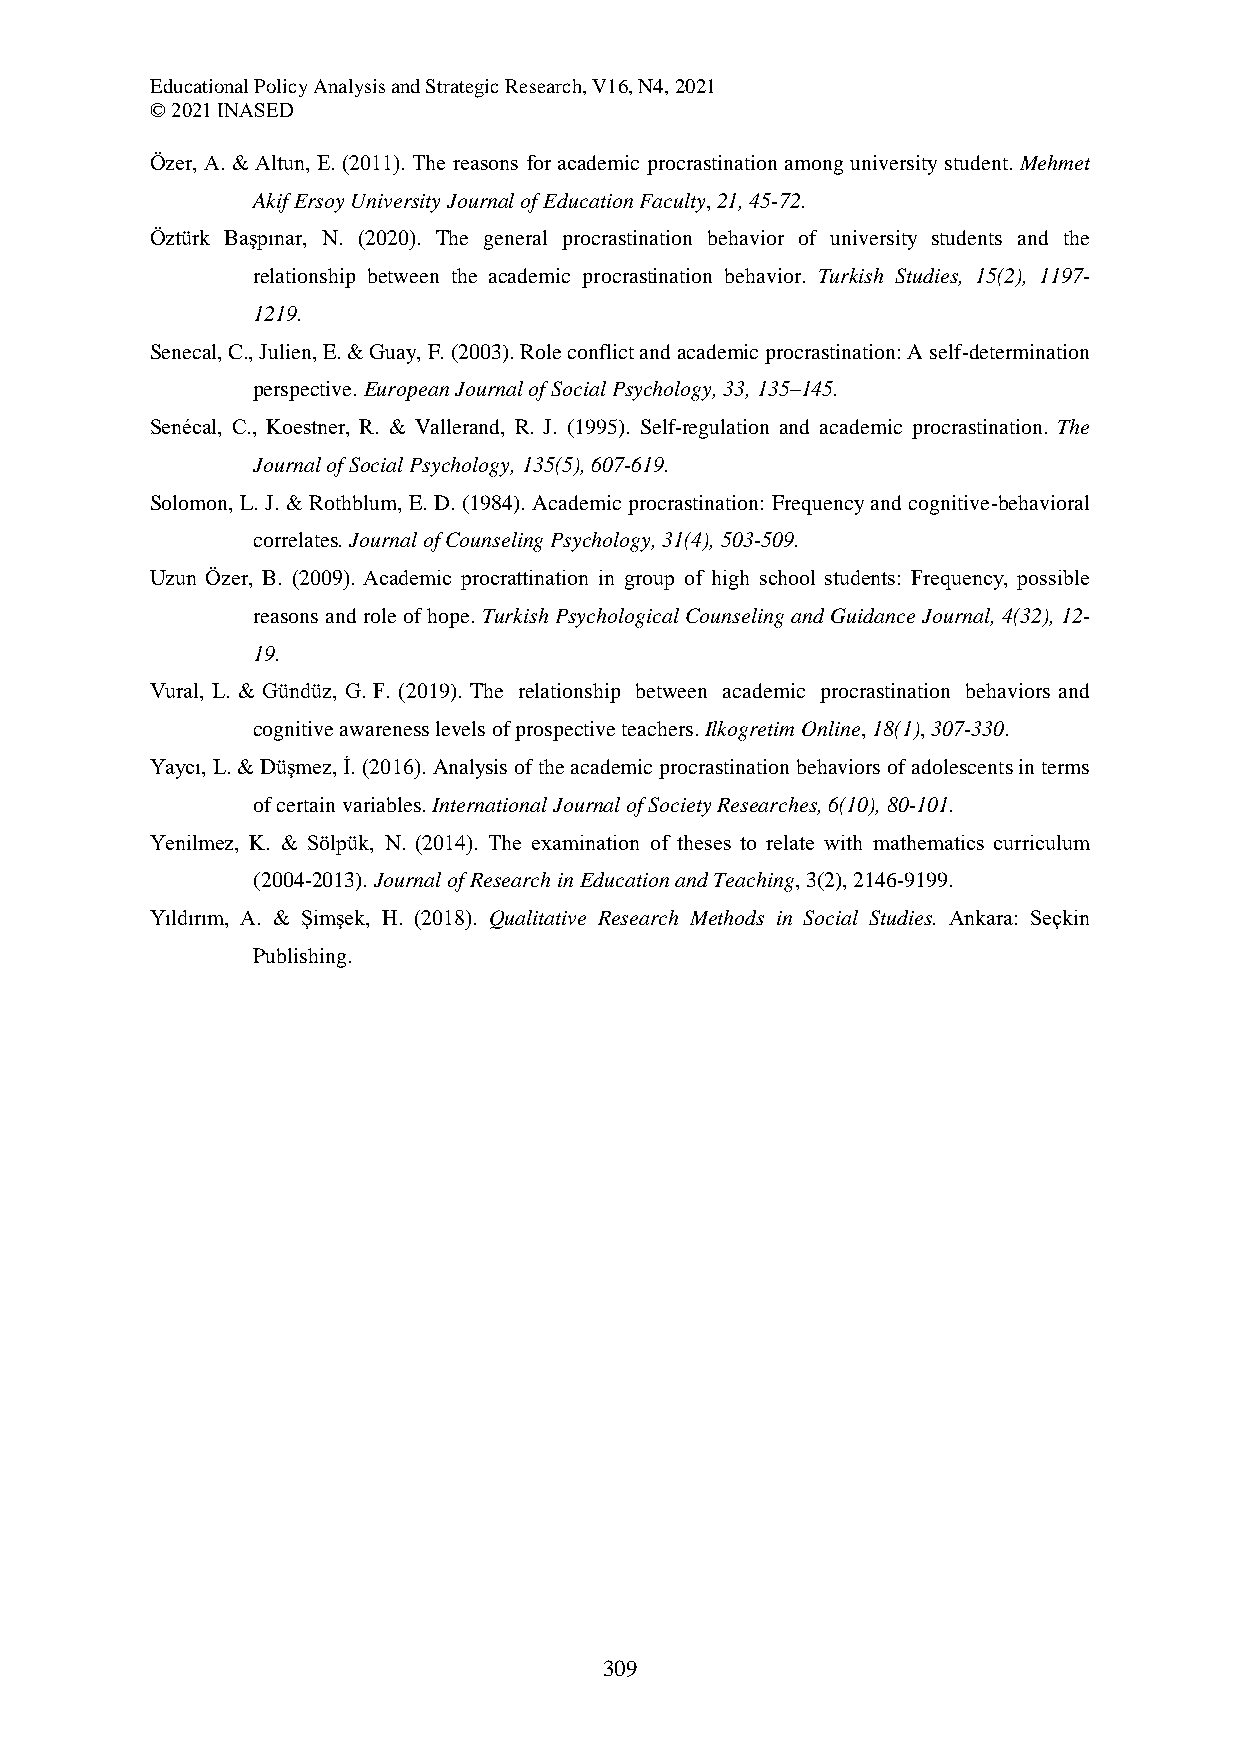
Educational Policy Analysis and Strategic Research, V16, N4, 2021
 © 2021 INASED
 Özer, A. & Altun, E. (2011). The reasons for academic procrastination among university student. Mehmet
 Akif Ersoy University Journal of Education Faculty, 21, 45-72.
 Öztürk Başpınar, N. (2020). The general procrastination behavior of university students and the
 relationship between the academic procrastination behavior. Turkish Studies, 15(2), 1197-
 1219.
 Senecal, C., Julien, E. & Guay, F. (2003). Role conflict and academic procrastination: A self-determination
 perspective. European Journal of Social Psychology, 33, 135–145.
 Senécal, C., Koestner, R. & Vallerand, R. J. (1995). Self-regulation and academic procrastination. The
 Journal of Social Psychology, 135(5), 607-619.
 Solomon, L. J. & Rothblum, E. D. (1984). Academic procrastination: Frequency and cognitive-behavioral
 correlates. Journal of Counseling Psychology, 31(4), 503-509.
 Uzun Özer, B. (2009). Academic procrattination in group of high school students: Frequency, possible
 reasons and role of hope. Turkish Psychological Counseling and Guidance Journal, 4(32), 12-
 19.
 Vural, L. & Gündüz, G. F. (2019). The relationship between academic procrastination behaviors and
 cognitive awareness levels of prospective teachers. Ilkogretim Online, 18(1), 307-330.
 Yaycı, L. & Düşmez, İ. (2016). Analysis of the academic procrastination behaviors of adolescents in terms
 of certain variables. International Journal of Society Researches, 6(10), 80-101.
 Yenilmez, K. & Sölpük, N. (2014). The examination of theses to relate with mathematics curriculum
 (2004-2013). Journal of Research in Education and Teaching, 3(2), 2146-9199.
 Yıldırım, A. & Şimşek, H. (2018). Qualitative Research Methods in Social Studies. Ankara: Seçkin
 Publishing.
 309